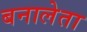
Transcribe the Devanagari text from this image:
बनालेता